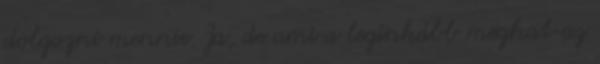
dolgozni mennie. Ja, de ami a leginkább meghat az